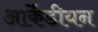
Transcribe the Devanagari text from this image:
आर्केडीयन